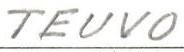
TEUVO